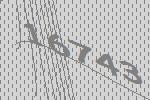
16743